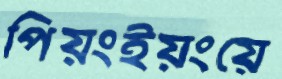
পিয়ংইয়ংয়ে